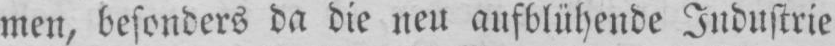
men, besonders da die neu aufblühende Industrie